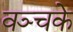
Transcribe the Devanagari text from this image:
वञ्चके